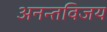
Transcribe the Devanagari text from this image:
अनन्तविजय